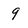
Character: 9